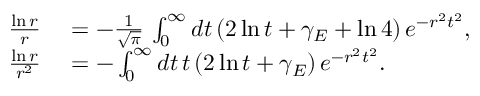
\begin{array} { r l } { \frac { \ln r } { r } } & { { } = - \frac { 1 } { \sqrt { \pi } } \, \int _ { 0 } ^ { \infty } d t \, ( 2 \ln t + \gamma _ { E } + \ln 4 ) \, e ^ { - r ^ { 2 } t ^ { 2 } } , } \\ { \frac { \ln r } { r ^ { 2 } } } & { { } = - \int _ { 0 } ^ { \infty } d t \, t \, ( 2 \ln t + \gamma _ { E } ) \, e ^ { - r ^ { 2 } t ^ { 2 } } . } \end{array}